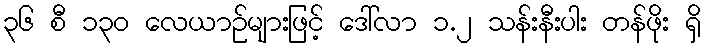
၃၆ စီ ၁၃၀ လေယာဉ်များဖြင့် ဒေါ်လာ ၁.၂ သန်းနီးပါး တန်ဖိုး ရှိ